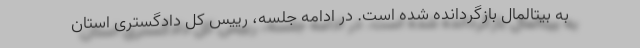
به بیتالمال بازگردانده شده است. در ادامه جلسه، رییس کل دادگستری استان